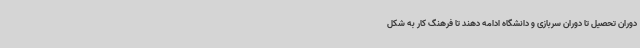
دوران تحصیل تا دوران سربازی و دانشگاه ادامه دهند تا فرهنگ کار به شکل